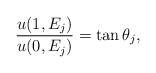
LaTeX: \begin{align*} \frac{u (1,E_j)}{u(0,E_j)}=\tan\theta_j,\end{align*}